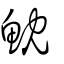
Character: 魫